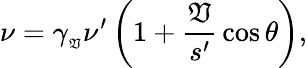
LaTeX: \nu=\gamma_{_{\mathfrak{V}}}\nu^{\prime}\left(1+{\frac{{\mathfrak{V}}}{{s^{\prime}}}}\cos\theta\right),